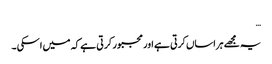
…
یہ مجھے ہراساں کرتی ہے اور مجبور کر تی ہے کہ میں اسکی ۔